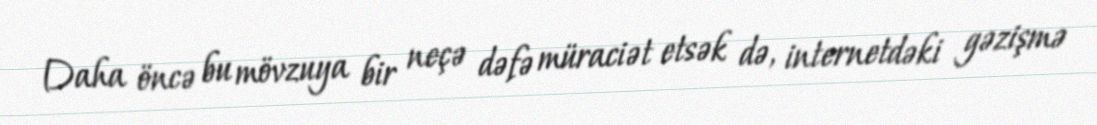
Daha öncə bu mövzuya bir neçə dəfə müraciət etsək də, internetdəki gəzişmə